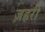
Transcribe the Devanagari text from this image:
ज़हरी